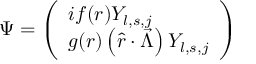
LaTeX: \Psi = \left( \begin{array} { l } { { i f ( r ) Y _ { l , s , j } } } \\ { { g ( r ) \left( \hat { r } \cdot \vec { \Lambda } \right) Y _ { l , s , j } } } \end{array} \right)